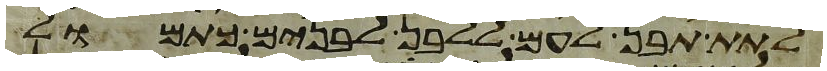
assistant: לתת תבן לעם ללבן לבנים כתמול